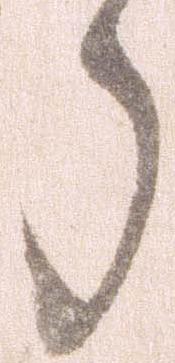
郎